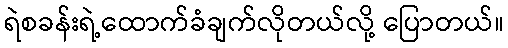
ရဲစခန်းရဲ့ထောက်ခံချက်လိုတယ်လို့ ပြောတယ်။